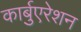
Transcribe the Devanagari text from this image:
कार्बुएरेशन